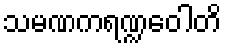
သမဏကရဏ္ဍဝေါတိ